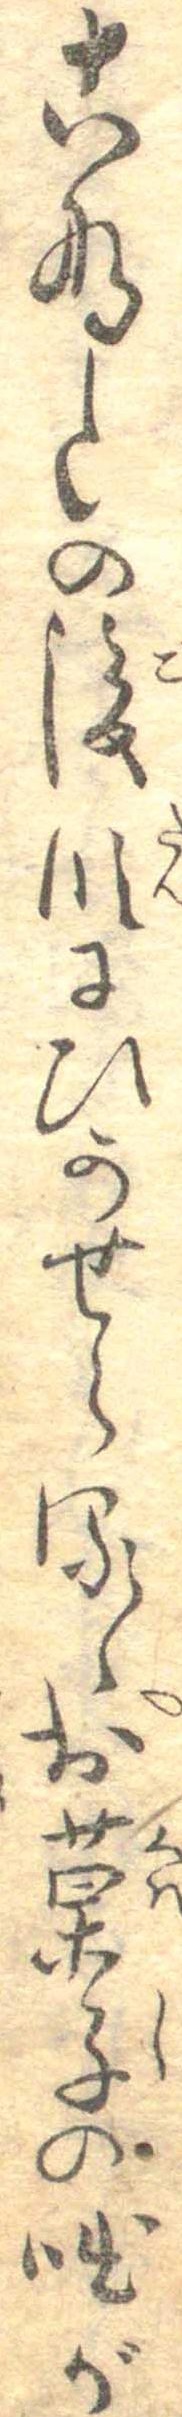
こなたの後段にひかせらるゝお菓子の咄が